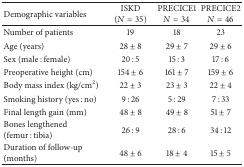
<table><thead><tr><td><b>Demographic variables</b></td><td><b>ISKD(<i>N</i> = 35)</b></td><td><b>PRECICE1<i>N</i> = 34</b></td><td><b>PRECICE2<i>N</i> = 46</b></td></tr></thead><tbody><tr><td>Number of patients</td><td>19</td><td>18</td><td>23</td></tr><tr><td>Age (years)</td><td>28 ± 8</td><td>29 ± 7</td><td>29 ± 6</td></tr><tr><td>Sex (male : female)</td><td>20 : 5</td><td>15 : 3</td><td>17 : 6</td></tr><tr><td>Preoperative height (cm)</td><td>154 ± 6</td><td>161 ± 7</td><td>159 ± 6</td></tr><tr><td>Body mass index (kg/cm<sup>2</sup>)</td><td>22 ± 3</td><td>23 ± 3</td><td>22 ± 4</td></tr><tr><td>Smoking history (yes : no)</td><td>9 : 26</td><td>5 : 29</td><td>7 : 33</td></tr><tr><td>Final length gain (mm)</td><td>48 ± 8</td><td>49 ± 8</td><td>51 ± 7</td></tr><tr><td>Bones lengthened (femur : tibia)</td><td>26 : 9</td><td>28 : 6</td><td>34 : 12</td></tr><tr><td>Duration of follow-up (months)</td><td>48 ± 6</td><td>18 ± 4</td><td>15 ± 5</td></tr></tbody></table>